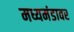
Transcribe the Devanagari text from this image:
मध्यमंडावर